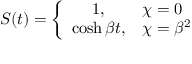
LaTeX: S ( t ) = \left\{ \begin{array} { c l } { { 1 , } } & { { \chi = 0 } } \\ { { \cosh \beta t , } } & { { \chi = { \beta } ^ { 2 } } } \end{array} \right.